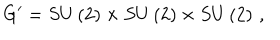
G ^ { \prime } = S U \left( 2 \right) \times S U \left( 2 \right) \times S U \left( 2 \right) \, ,